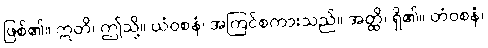
ဖြစ်၏။ ဣတိ၊ ဤသို့။ ယံဝစနံ၊ အကြင်စကားသည်။ အတ္ထိ၊ ရှိ၏။ တံဝစနံ၊